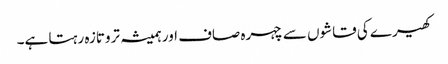
کھیرے کی قاشوں سے چہرہ صاف اور ہمیشہ تروتازہ رہتا ہے۔